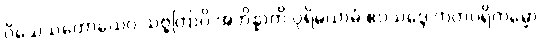
ဝိသေသတောယေဝ သဗ္ဗတြာပိ အဘိန္နာတိ ပုရိမယာမံ ဧဝသဒ္ဒေ ကတပရိကမ္မော